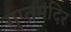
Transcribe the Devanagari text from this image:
गुप्तमंदिर